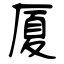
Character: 厦